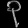
Digit: ၃